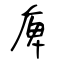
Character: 庳